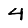
Digit: 4